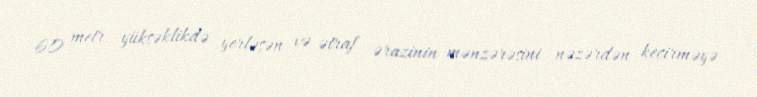
60 metr yüksəklikdə yerləşən və ətraf ərazinin mənzərəsini nəzərdən keçirməyə